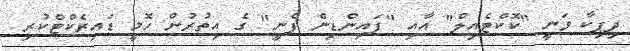
ދިޕިކާ ވަނީ "ކޮކްޓެއިލް" އާއި "ފައިންޑިން ފެނީ" ގެ އިތުރުން ހޮމީ ޑައިރެކްޓްކުރި